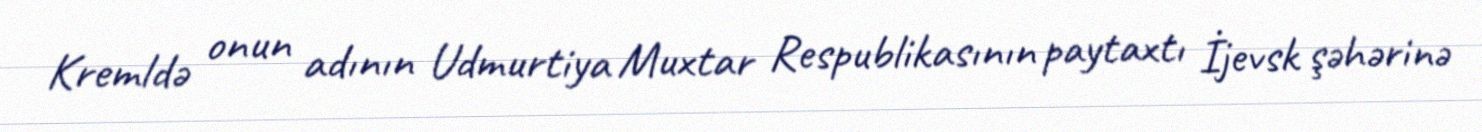
Kremldə onun adının Udmurtiya Muxtar Respublikasının paytaxtı İjevsk şəhərinə